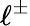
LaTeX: \ell^{\pm}